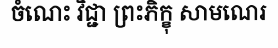
ចំណេះ វិជ្ជា ព្រះភិក្ខុ សាមណេរ